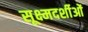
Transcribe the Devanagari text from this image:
सूक्ष्मदर्शीओं